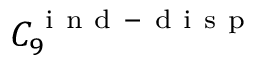
C _ { 9 } ^ { \mathrm { ~ i ~ n ~ d ~ - ~ d ~ i ~ s ~ p ~ } }